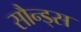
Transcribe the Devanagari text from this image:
सौन्ड्स